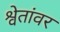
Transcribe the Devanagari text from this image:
श्वेतांवर